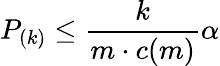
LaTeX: P_{(k)}\leq{\frac{k}{m\cdot c(m)}}\alpha